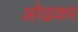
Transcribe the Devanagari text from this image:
ओढकर